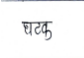
मजकूर: घटक